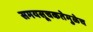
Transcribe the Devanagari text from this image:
समयसूचकतेमुळेच